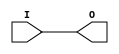
module IBUF_PCI33_3 (O, I);

    output O;

    input  I;

	buf B1 (O, I);


endmodule